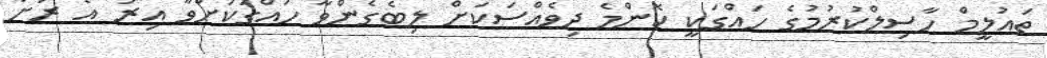
ތައުލީމް ހާސިލްކުރުމުގެ ހައްގަކީ ކޮންމެ ދިވެއްސަކަށް ލިބެގެންވާ ހައްގަކަށްވާ އިރު އެ ރަށު